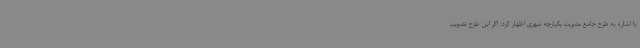
با اشاره به طرح جامع مدیریت یکپارچه شهری اظهار کرد: اگر این طرح تصویب